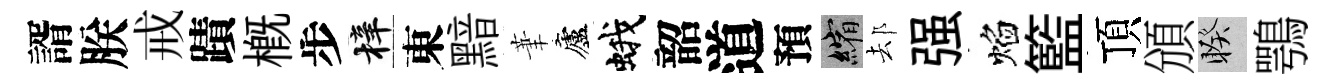
諝朕戒蹟槪步梓東黯茟廬蛾韶道預縮𨚫强焰籃頂頒睽鶚